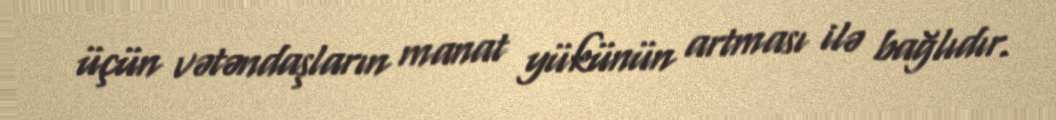
üçün vətəndaşların manat yükünün artması ilə bağlıdır.